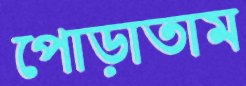
পোড়াতাম